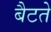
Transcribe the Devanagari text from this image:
बैटते